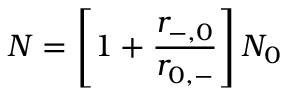
N = \left[ 1 + \frac { r _ { - , 0 } } { r _ { 0 , - } } \right] N _ { 0 }